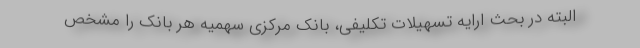
البته در بحث ارایه تسهیلات تکلیفی، بانک مرکزی سهمیه هر بانک را مشخص